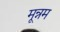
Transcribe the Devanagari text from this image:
मून्नम